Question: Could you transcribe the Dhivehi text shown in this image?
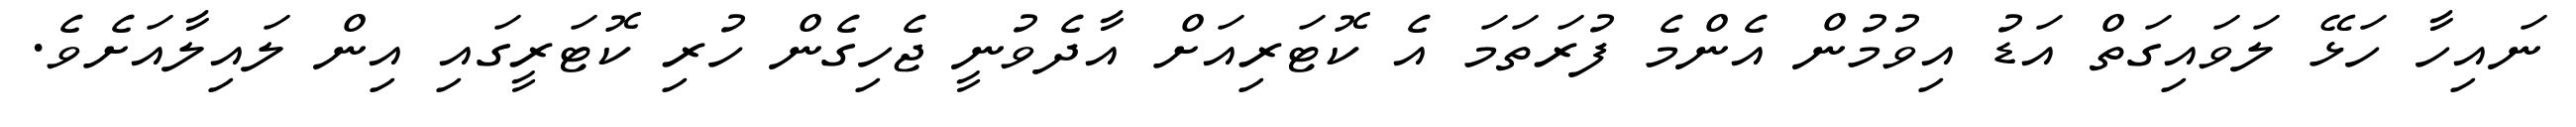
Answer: ނައިހާ ހަޅޭ ލަވައިގަތް އަޑު އިވުމުން އެންމެ ފުރަތަމަ އެ ކޮޓަރިއަށް އާދެވުނީ ޖެހިގެން ހުރި ކޮޓަރީގައި އިން ލައިލާއަށެވެ.